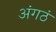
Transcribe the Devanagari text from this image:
अंगठं